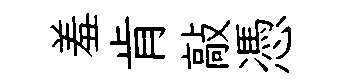
羞肯敲憑